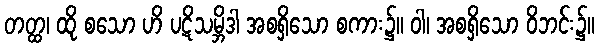
တတ္ထ၊ ထို စသော ဟိ ပဋိသမ္ဘိဒါ အစရှိသော စကား၌။ ဝါ၊ အစရှိသော ဝိဘင်း၌။